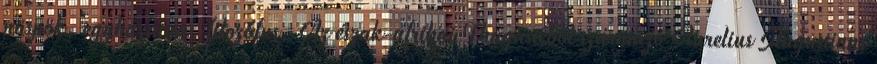
püspök, egyházatya, filozófus. Az észak-afrikai Thagasteből származó Aurelius Augustinus